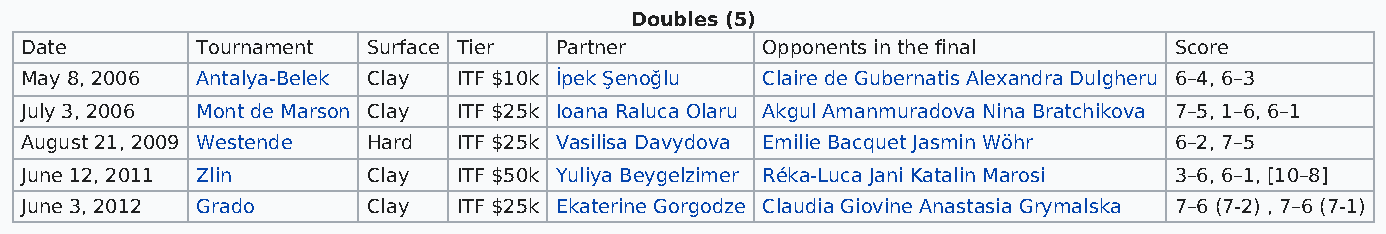
Doubles (5)
 Date        Tournament Surface Tier Partner      Opponents in the final      Score
 May 8, 2006 Antalya-Belek Clay ITF $10k İpek Şenoğlu Claire de Gubernatis Alexandra Dulgheru 6–4, 6–3
 July 3, 2006 Mont de Marson Clay ITF $25k Ioana Raluca Olaru Akgul Amanmuradova Nina Bratchikova 7–5, 1–6, 6–1
 August 21, 2009 Westende Hard ITF $25k Vasilisa Davydova Emilie Bacquet Jasmin Wöhr 6–2, 7–5
 June 12, 2011 Zlin     Clay  ITF $50k Yuliya Beygelzimer Réka-Luca Jani Katalin Marosi 3–6, 6–1, [10–8]
 June 3, 2012 Grado     Clay  ITF $25k Ekaterine Gorgodze Claudia Giovine Anastasia Grymalska 7–6 (7-2) , 7–6 (7-1)